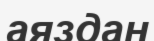
аяздан